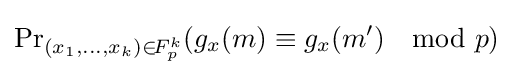
{\Pr }_{(x_{1},\ldots ,x_{k})\in \!{F_{p}^{k}}}(g_{x}(m)\equiv g_{x}(m')\mod p)